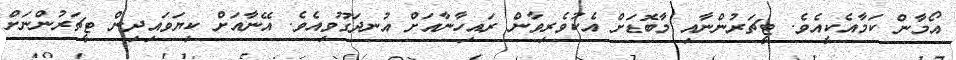
އޯމާން ކަމާއެކީއެވެ. ޓީޗަރުންނާއި މާބޮޑަށް އެކުވެރިވާން ރައިހާނާއަށް އުނދަގޫވިއެވެ. އޭނާއަށް ކިޔަވައިދިން ޓީޗަރުންނަށް